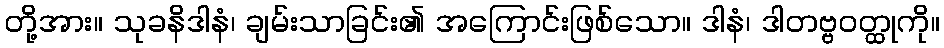
တို့အား။ သုခနိဒါနံ၊ ချမ်းသာခြင်း၏ အကြောင်းဖြစ်သော။ ဒါနံ၊ ဒါတဗ္ဗဝတ္ထုကို။